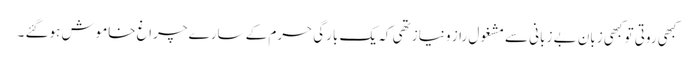
کبھی روتی تو کبھی زبان بے زبانی سے مشغول راز و نیاز تھی کہ یک بارگی حرم کے سارے چراغ خاموش ہوگئے ۔